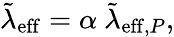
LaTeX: \tilde{\lambda}_{\mathrm{eff}}=\alpha\ \tilde{\lambda}_{\mathrm{eff},P},